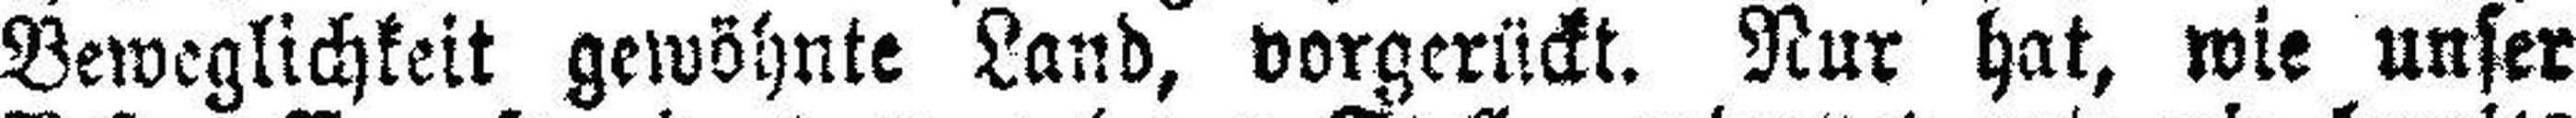
Beweglichkeit gewöhnte Land, vorgerückt. Nur hat, wie unser